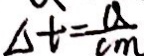
\Delta t = \frac { a } { c m }